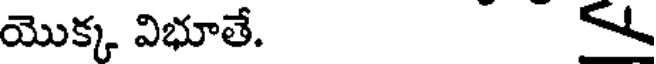
యొక్క విభూతే.